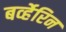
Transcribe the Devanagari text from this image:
बर्व्हेरिन